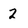
Character: 2